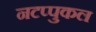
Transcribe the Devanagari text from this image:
नटप्पुकल